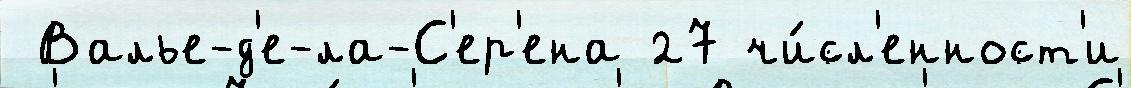
 Валье-д'е-ла-С'ер'ена 27 чи́сл'енност'и